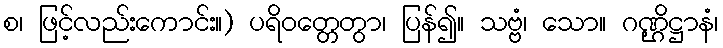
စ၊ ဖြင့်လည်းကောင်း။) ပရိဝတ္တေတွာ၊ ပြန်၍။ သဗ္ဗံ၊ သော။ ဂဏ္ဌိဋ္ဌာနံ၊